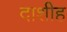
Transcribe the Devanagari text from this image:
दाशीह